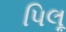
પિલૂ